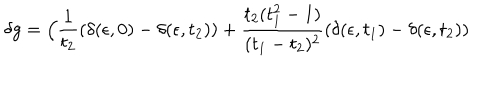
LaTeX: \delta g = \Big ( { \frac { 1 } { t _ { 2 } } } ( \delta ( \epsilon , 0 ) - \delta ( \epsilon , t _ { 2 } ) ) + { \frac { t _ { 2 } ( t _ { 1 } ^ { 2 } - 1 ) } { ( t _ { 1 } - t _ { 2 } ) ^ { 2 } } } ( \delta ( \epsilon , t _ { 1 } ) - \delta ( \epsilon , t _ { 2 } ) )